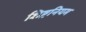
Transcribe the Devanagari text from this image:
शिष्टनियम